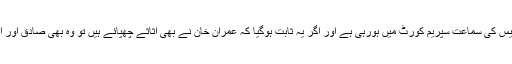
عمران خان نااہلی کیس کی سماعت سپریم کورٹ میں ہورہی ہے اور اگر یہ ثابت ہوگیا کہ عمران خان نے بھی اثاثے چھپائے ہیں تو وہ بھی صادق اور امین نہیں رہیں گے۔